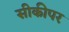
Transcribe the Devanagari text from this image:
सीकीपर